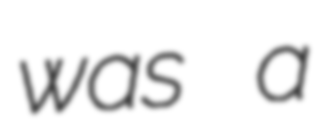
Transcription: was a